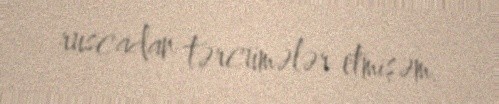
ruscadan tərcümələr etmişəm.